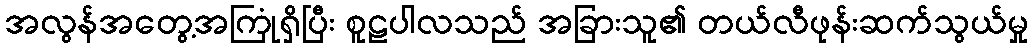
အလွန်အတွေ့အကြုံရှိပြီး စူဠပါလသည် အခြားသူ၏ တယ်လီဖုန်းဆက်သွယ်မှု